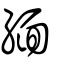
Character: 緬